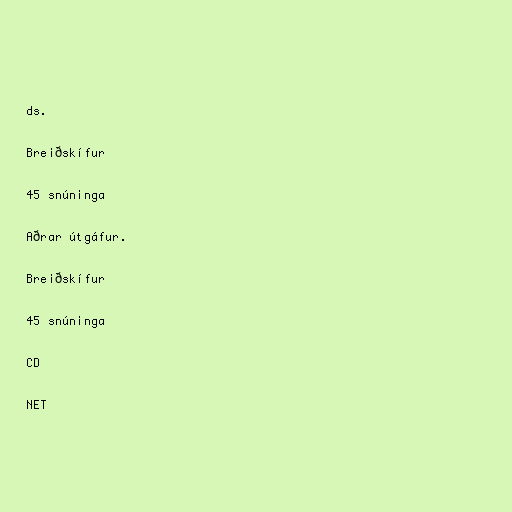
ds.

Breiðskífur

45 snúninga

Aðrar útgáfur.

Breiðskífur

45 snúninga

CD

NET